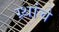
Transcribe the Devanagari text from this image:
ग्र्थांचे